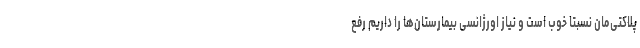
پلاکتی‌مان نسبتا خوب است و نیاز اورژانسی بیمارستان‌ها را داریم رفع